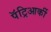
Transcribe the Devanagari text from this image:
पॅट्रिआर्की